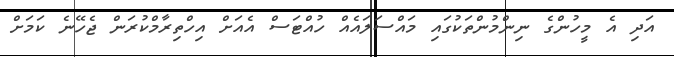
އަދި އެ މީހުންގެ ނިންމުންތަކުގައި މައްސަލައެއް ހުއްޓަސް އެއަށް އިހްތިރާމްކުރަން ޖެހޭނެ ކަމަށް